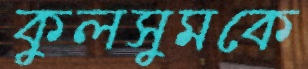
কুলসুমকে